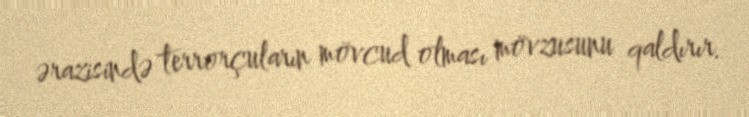
ərazisində terrorçuların mövcud olması mövzusunu qaldırır.